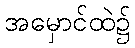
အမှောင်ထဲ၌